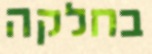
בחלקה